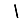
Digit: 1